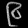
Digit: ၉